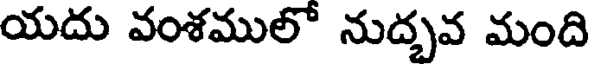
యదు వంశములో నుద్భవ మంది